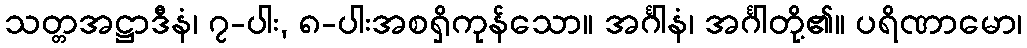
သတ္တအဋ္ဌာဒီနံ၊ ၇-ပါး, ၈-ပါးအစရှိကုန်သော။ အင်္ဂါနံ၊ အင်္ဂါတို့၏။ ပရိဏာမော၊